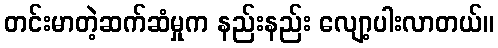
တင်းမာတဲ့ဆက်ဆံမှုက နည်းနည်း လျော့ပါးလာတယ်။